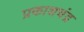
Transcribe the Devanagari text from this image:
प्रकाशचंद्र